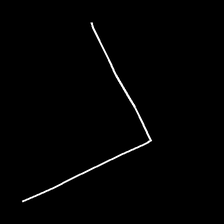
Glyph: region